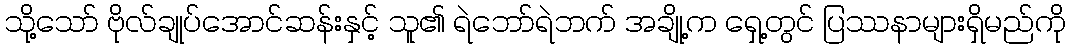
သို့သော် ဗိုလ်ချုပ်အောင်ဆန်းနှင့် သူ၏ ရဲဘော်ရဲဘက် အချို့က ရှေ့တွင် ပြဿနာများရှိမည်ကို